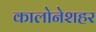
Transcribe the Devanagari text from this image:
कालोनेशहर